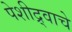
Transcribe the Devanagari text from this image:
पेशीद्र्वाचे